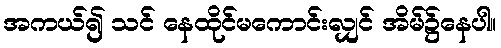
အကယ်၍ သင် နေထိုင်မကောင်းလျှင် အိမ်၌နေပါ။